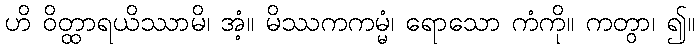
ဟိ ဝိတ္ထာရယိဿာမိ၊ အံ့။ မိဿကကမ္မံ၊ ရောသော ကံကို။ ကတွာ၊ ၍။